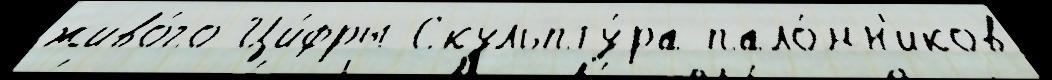
живо́го Ци́фры Скульпту́ра пало́мн'иков